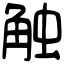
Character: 触